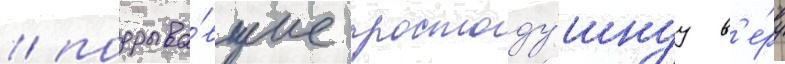
/ подрыва́вшие простоду́шнуу в'е́ру